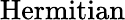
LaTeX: \operatorname{Hermitian}